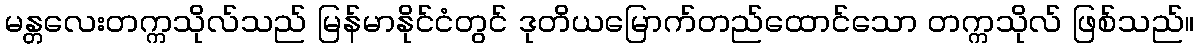
မန္တလေးတက္ကသိုလ်သည် မြန်မာနိုင်ငံတွင် ဒုတိယမြောက်တည်ထောင်သော တက္ကသိုလ် ဖြစ်သည်။